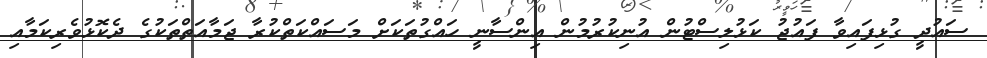
ސައުދީ ގުޅިފައިވާ ފައުޖު ކަޅުލިސްޓުން އުނިކުރުމުން އިންސާނީ ހައްގުތަކަށް މަސައްކަތްކުރާ ޖަމާއަތްތަކުގެ ދެކޮޅުވެރިކަމާއި